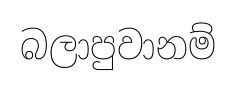
බලාපුවානම්